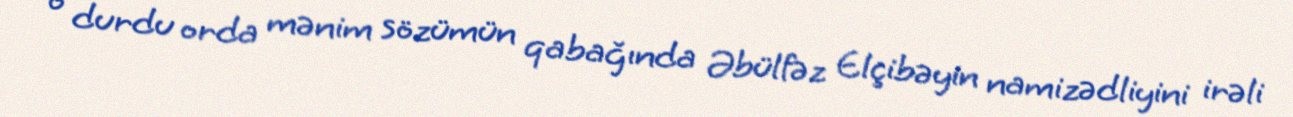
o durdu orda mənim sözümün qabağında Əbülfəz Elçibəyin namizədliyini irəli